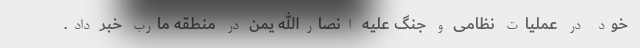
خود در عملیات نظامی و جنگ علیه انصارالله یمن در منطقه مارب خبر داد.